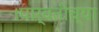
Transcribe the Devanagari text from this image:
।पार्वतीच्या